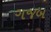
ગજબ